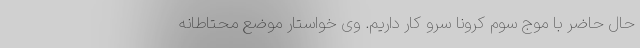
حال حاضر با موج سوم کرونا سرو کار داریم. وی خواستار موضع محتاطانه